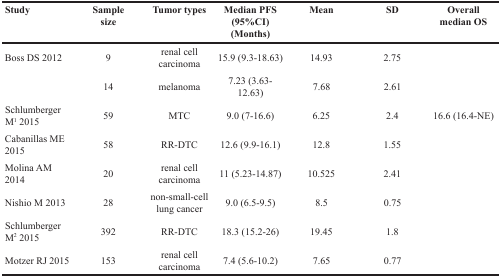
<table><thead><tr><td><b>Study</b></td><td><b>Samplesize</b></td><td><b>Tumor types</b></td><td><b>Median PFS (95%CI)(Months)</b></td><td><b>Mean</b></td><td><b>SD</b></td><td><b>Overall median OS</b></td></tr></thead><tbody><tr><td>Boss DS 2012</td><td>9</td><td>renal cell carcinoma</td><td>15.9 (9.3-18.63)</td><td>14.93</td><td>2.75</td><td></td></tr><tr><td></td><td>14</td><td>melanoma</td><td>7.23 (3.63-12.63)</td><td>7.68</td><td>2.61</td><td></td></tr><tr><td>Schlumberger M<sup>1</sup> 2015</td><td>59</td><td>MTC</td><td>9.0 (7-16.6)</td><td>6.25</td><td>2.4</td><td>16.6 (16.4-NE)</td></tr><tr><td>Cabanillas ME 2015</td><td>58</td><td>RR-DTC</td><td>12.6 (9.9-16.1)</td><td>12.8</td><td>1.55</td><td></td></tr><tr><td>Molina AM 2014</td><td>20</td><td>renal cell carcinoma</td><td>11 (5.23-14.87)</td><td>10.525</td><td>2.41</td><td></td></tr><tr><td>Nishio M 2013</td><td>28</td><td>non-small-cell lung cancer</td><td>9.0 (6.5-9.5)</td><td>8.5</td><td>0.75</td><td></td></tr><tr><td>Schlumberger M<sup>2</sup> 2015</td><td>392</td><td>RR-DTC</td><td>18.3 (15.2-26)</td><td>19.45</td><td>1.8</td><td></td></tr><tr><td>Motzer RJ 2015</td><td>153</td><td>renal cell carcinoma</td><td>7.4 (5.6-10.2)</td><td>7.65</td><td>0.77</td><td></td></tr></tbody></table>